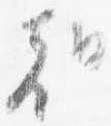
朝